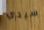
سيدي